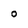
Character: o